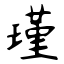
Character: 瑾